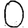
Digit: 0